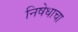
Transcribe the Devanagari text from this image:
निषेधाचा